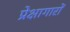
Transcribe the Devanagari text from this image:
प्रेक्षागारों